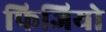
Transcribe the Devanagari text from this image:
फिजियो